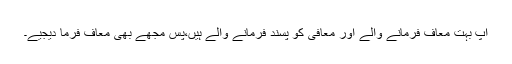
آپ بہت معاف فرمانے والے اور معافی کو پسند فرمانے والے ہیں،پس مجھے بھی معاف فرما دیجیے۔